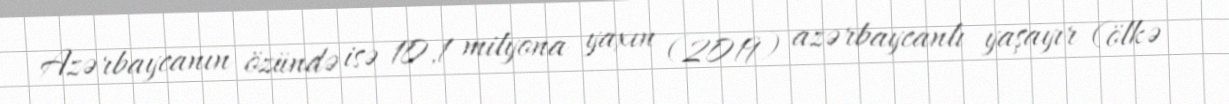
Azərbaycanın özündə isə 10,1 milyona yaxın (2019) azərbaycanlı yaşayır (ölkə